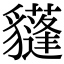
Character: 𧴟